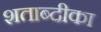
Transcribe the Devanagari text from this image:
शताब्दीका